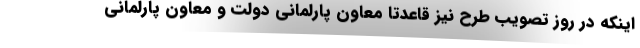
اینکه در روز تصویب طرح نیز قاعدتا معاون پارلمانی دولت و معاون پارلمانی